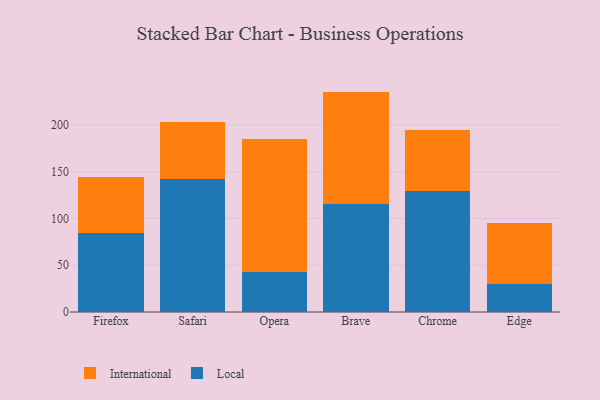
{"axis": {"x": "Browser", "y": "Budget (USD K)"}, "legend": ["International", "Local"], "data": [{"x": "Firefox", "y": 84.6, "type": "Local"}, {"x": "Firefox", "y": 60.0, "type": "International"}, {"x": "Safari", "y": 142.0, "type": "Local"}, {"x": "Safari", "y": 61.5, "type": "International"}, {"x": "Opera", "y": 43.0, "type": "Local"}, {"x": "Opera", "y": 142.1, "type": "International"}, {"x": "Brave", "y": 116.0, "type": "Local"}, {"x": "Brave", "y": 119.7, "type": "International"}, {"x": "Chrome", "y": 129.8, "type": "Local"}, {"x": "Chrome", "y": 65.2, "type": "International"}, {"x": "Edge", "y": 30.0, "type": "Local"}, {"x": "Edge", "y": 64.9, "type": "International"}]}